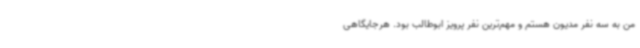
من به سه نفر مدیون هستم و مهم‌ترین نفر پرویز ابوطالب بود. هرجایگاهی